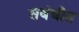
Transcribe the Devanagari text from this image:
सबंधीत